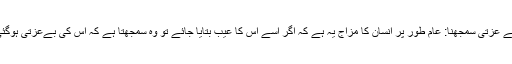
اپنی بے عزّتی سمجھنا: عام طور پر انسان کا مزاج یہ ہے کہ اگر اسے اس کا عیب بتایا جائے تو وہ سمجھتا ہے کہ اس کی بےعزّتی ہوگئی ہے۔